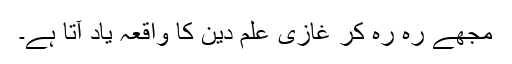
مجھے رہ رہ کر غازی علم دین کا واقعہ یاد آتا ہے۔